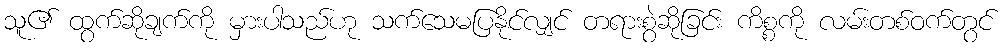
သူ၏ ထွက်ဆိုချက်ကို မှားပါသည်ဟု သက်သေမပြနိုင်လျှင် တရားစွဲဆိုခြင်း ကိစ္စကို လမ်းတစ်ဝက်တွင်